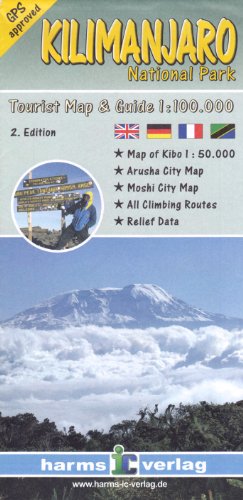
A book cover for Kilimanjaro National Park, Tourist Map & Guide (English, French and German Edition); Collectif; Travel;